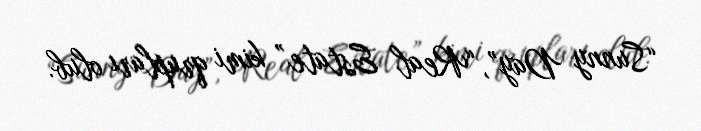
“Sunny Day”, “Real Estate” kimi qrupları olub.